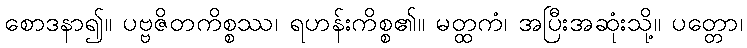
စောဒနာ၍။ ပဗ္ဗဇိတကိစ္စဿ၊ ရဟန်းကိစ္စ၏။ မတ္ထကံ၊ အပြီးအဆုံးသို့။ ပတ္တော၊